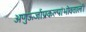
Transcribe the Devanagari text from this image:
अणुऊर्जाप्रकल्पांभोवताली